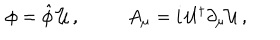
\begin{array} { c c } { { \phi = \hat { \phi } \, { \cal U } \, , } } & { { A _ { \mu } = i \, { \cal U } ^ { \dagger } \partial _ { \mu } { \cal U } \, , } } \\ \end{array}